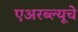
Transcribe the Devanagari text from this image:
एअरब्ल्यूचे